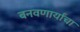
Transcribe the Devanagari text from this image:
बनवणार्यांचा